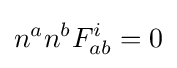
n^{a}n^{b}F_{ab}^{i}=0